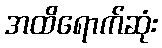
အထိရောက်ဆုံး